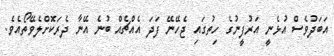
އަބަދުވެސް އުޅެނީ އަރުފީނުގެ ހިތުގައި ޖެހޭނޭ ފަދަ އެއްޗެއް ބުނެ އޭނާ ދެރަކޮށްލެވޭތޯއެވެ.